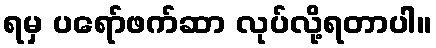
ရမှ ပရော်ဖက်ဆာ လုပ်လို့ရတာပါ။